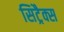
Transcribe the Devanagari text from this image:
सिट्रैक्स